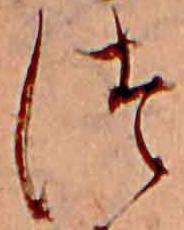
つ